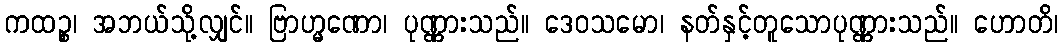
ကထဉ္စ၊ အဘယ်သို့လျှင်။ ဗြာဟ္မဏော၊ ပုဏ္ဏားသည်။ ဒေဝသမော၊ နတ်နှင့်တူသောပုဏ္ဏားသည်။ ဟောတိ၊